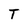
Character: T